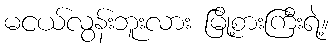
မငယ်လွန်းဘူးလား မြို့စားကြီးရဲ့။